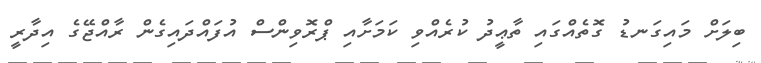
ބިލަށް މައިގަނޑު ގޮތެއްގައި ތާޢީދު ކުރެއްވި ކަމަށާއި ޕްރޮވިންސް އުފައްދައިގެން ރާއްޖޭގެ އިދާރީ